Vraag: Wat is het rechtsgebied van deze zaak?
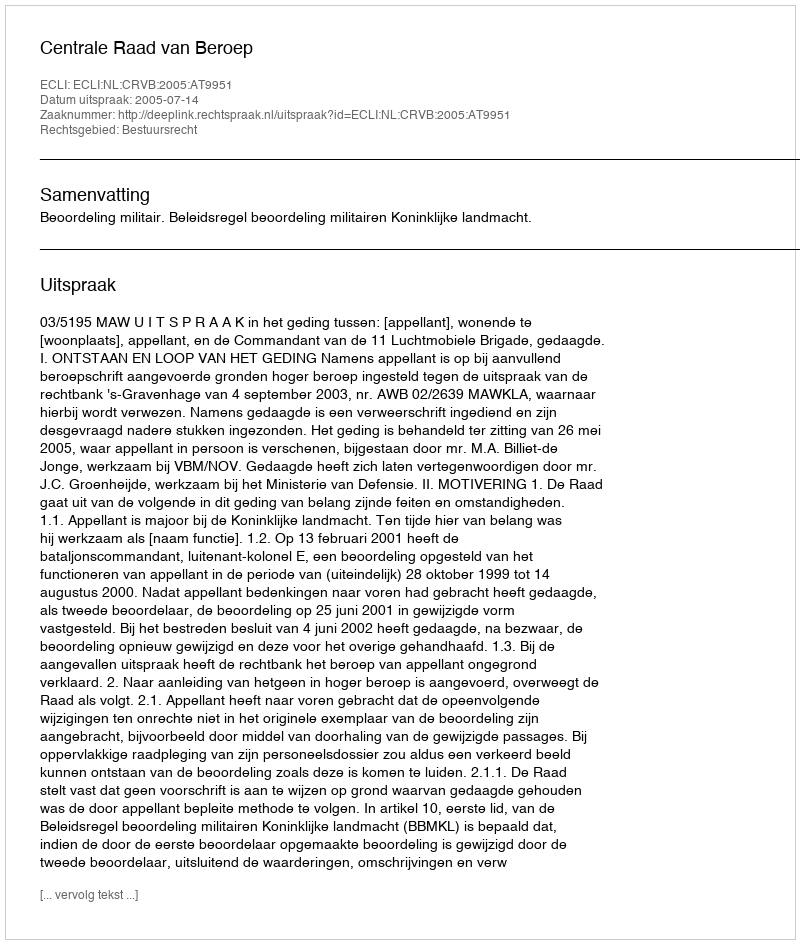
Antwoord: Bestuursrecht